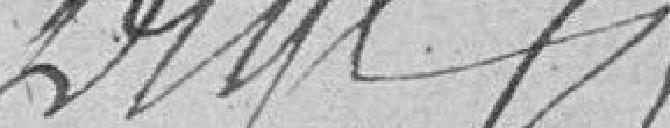
DEGE